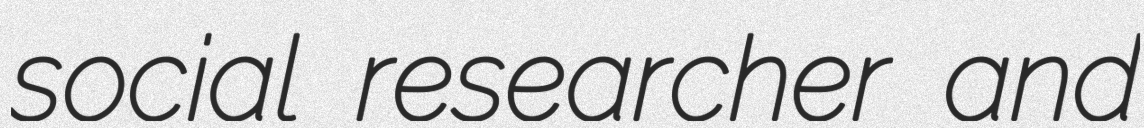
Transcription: social researcher and